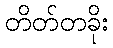
တိတ်တခိုး